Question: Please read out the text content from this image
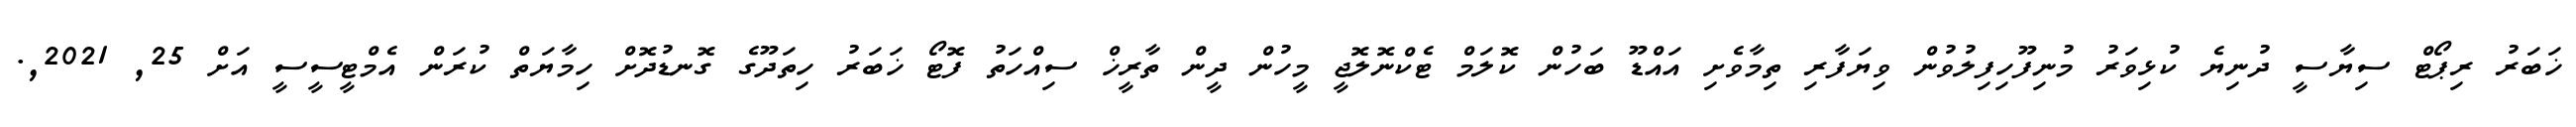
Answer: ޚަބަރު ރިޕޯޓް ސިޔާސީ ދުނިޔެ ކުޅިވަރު މުނިފޫހިފިލުވުން ވިޔަފާރި ތިމާވެށި އައްޑޫ ބަހުން ކޮލަމް ޓެކްނޮލޮޖީ މީހުން ދީން ތާރީޚް ސިއްހަތު ފޮޓޯ ޚަބަރު ހިތަދޫގެ ގޮނޑުދޮށް ހިމާޔަތް ކުރަން އެމްޓީސީސީ އަށް 25, 2021,.